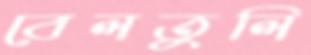
বেলতুলি